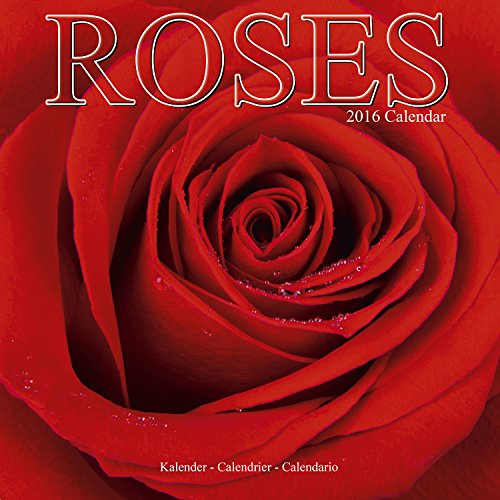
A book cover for Roses Calendar - 2016 Wall calendars - Garden Calendars - Flower Calendar - Monthly Wall Calendar by Avonside; MegaCalendars; Calendars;